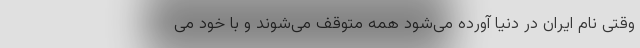
وقتی نام ایران در دنیا آورده می‌شود همه متوقف می‌شوند و با خود می